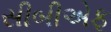
સીબીએફ